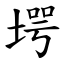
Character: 堮